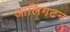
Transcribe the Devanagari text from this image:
आलिंगटन